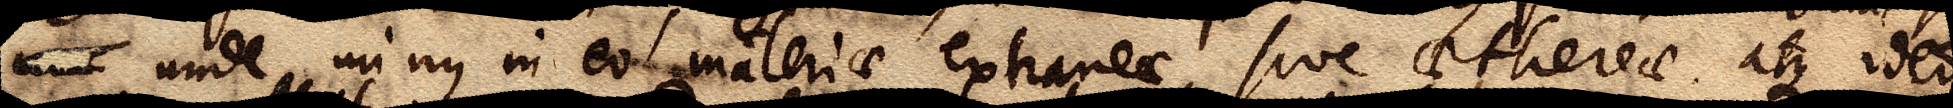
xx unde minus in eo materiae extraneae, sive aethereae atque ideo